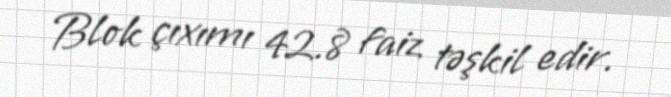
Blok çıxımı 42.8 faiz təşkil edir.